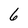
Character: 6